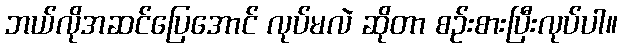
ဘယ်လိုအဆင်ပြေအောင် လုပ်မလဲ ဆိုတာ စဉ်းစားပြီးလုပ်ပါ။